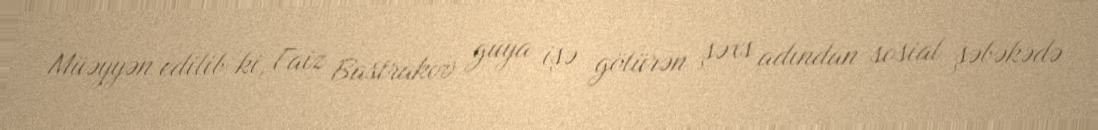
Müəyyən edilib ki, Faiz Bastrakov guya işə götürən şəxs adından sosial şəbəkədə